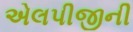
એલપીજીની